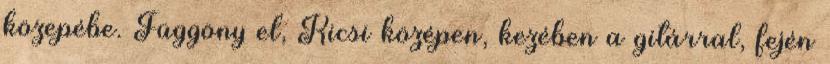
közepébe. Függöny el, Kicsi középen, kezében a gitárral, fején